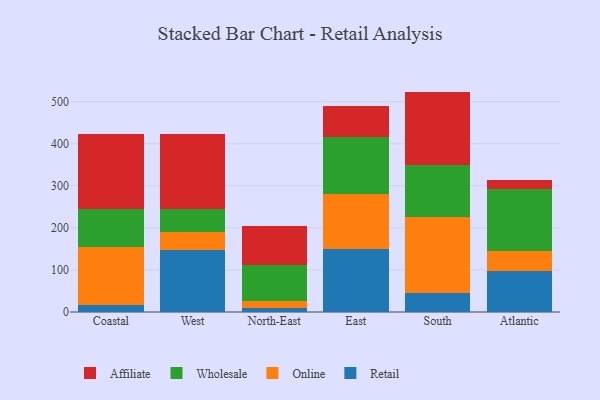
{"axis": {"x": "Region", "y": "Backlog"}, "legend": ["Affiliate", "Online", "Retail", "Wholesale"], "data": [{"x": "Coastal", "y": 17.1, "type": "Retail"}, {"x": "Coastal", "y": 137.6, "type": "Online"}, {"x": "Coastal", "y": 89.7, "type": "Wholesale"}, {"x": "Coastal", "y": 179.5, "type": "Affiliate"}, {"x": "West", "y": 148.4, "type": "Retail"}, {"x": "West", "y": 41.2, "type": "Online"}, {"x": "West", "y": 54.1, "type": "Wholesale"}, {"x": "West", "y": 178.2, "type": "Affiliate"}, {"x": "North-East", "y": 9.1, "type": "Retail"}, {"x": "North-East", "y": 17.8, "type": "Online"}, {"x": "North-East", "y": 84.2, "type": "Wholesale"}, {"x": "North-East", "y": 92.9, "type": "Affiliate"}, {"x": "East", "y": 150.9, "type": "Retail"}, {"x": "East", "y": 129.4, "type": "Online"}, {"x": "East", "y": 136.7, "type": "Wholesale"}, {"x": "East", "y": 73.4, "type": "Affiliate"}, {"x": "South", "y": 45.7, "type": "Retail"}, {"x": "South", "y": 179.3, "type": "Online"}, {"x": "South", "y": 123.8, "type": "Wholesale"}, {"x": "South", "y": 175.0, "type": "Affiliate"}, {"x": "Atlantic", "y": 97.5, "type": "Retail"}, {"x": "Atlantic", "y": 47.9, "type": "Online"}, {"x": "Atlantic", "y": 146.3, "type": "Wholesale"}, {"x": "Atlantic", "y": 21.6, "type": "Affiliate"}]}